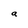
Character: a